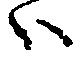
ハ